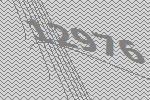
12976